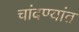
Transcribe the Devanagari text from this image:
चांदण्यांत